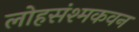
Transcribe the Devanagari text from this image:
लोहसंश्मकवन